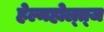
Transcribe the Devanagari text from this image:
हेल्महोल्त्ज